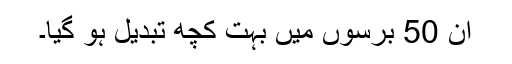
ان 50 برسوں میں بہت کچھ تبدیل ہو گیا۔